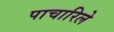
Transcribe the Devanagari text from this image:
पाचारिले